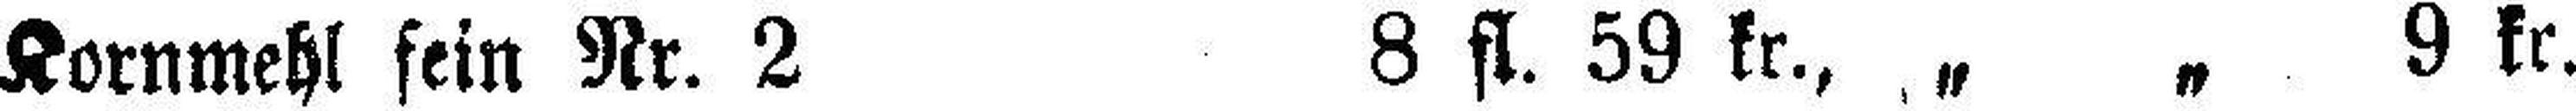
Kornmehl sein Nr. 2 8 fl. 59 kr., „ „ 9 kr.